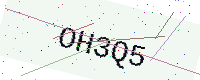
Text: OH3Q5